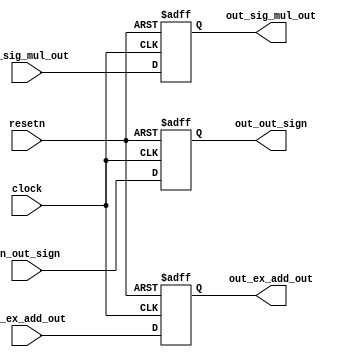
module step3_status(clock, resetn, in_out_sign, in_ex_add_out, in_sig_mul_out, out_out_sign, out_ex_add_out, out_sig_mul_out);
	input clock, resetn;
	
	input in_out_sign;
	input [7:0] in_ex_add_out;
	input [21:0] in_sig_mul_out;
	
	output reg out_out_sign;
	output reg [7:0] out_ex_add_out;
	output reg [21:0] out_sig_mul_out;
	
	always@(posedge clock, negedge resetn) begin
		if(!resetn) begin
			out_out_sign <=0;
			out_ex_add_out <= 0;
			out_sig_mul_out <= 0;
		end
		else begin	
			out_out_sign <= in_out_sign;
			out_ex_add_out <= in_ex_add_out;
			out_sig_mul_out <= in_sig_mul_out;
		end
	end

endmodule